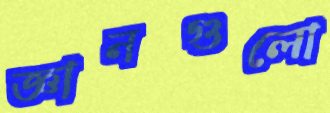
জ্ঞানগুলো